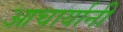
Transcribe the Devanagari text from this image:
आचार्यानी